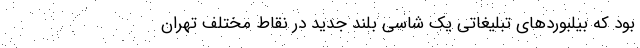
بود که بیلبوردهای تبلیغاتی یک شاسی بلند جدید در نقاط مختلف تهران